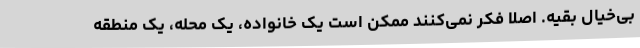
بی‌خیال بقیه. اصلا فکر نمی‌کنند ممکن است یک خانواده، یک محله، یک منطقه